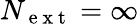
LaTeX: N_{\mathrm{~e~x~t~}}=\infty